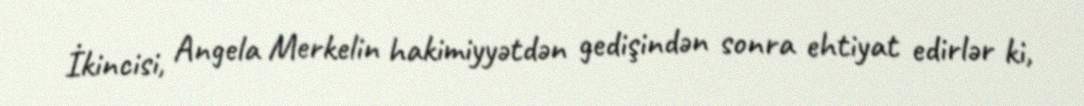
İkincisi, Angela Merkelin hakimiyyətdən gedişindən sonra ehtiyat edirlər ki,